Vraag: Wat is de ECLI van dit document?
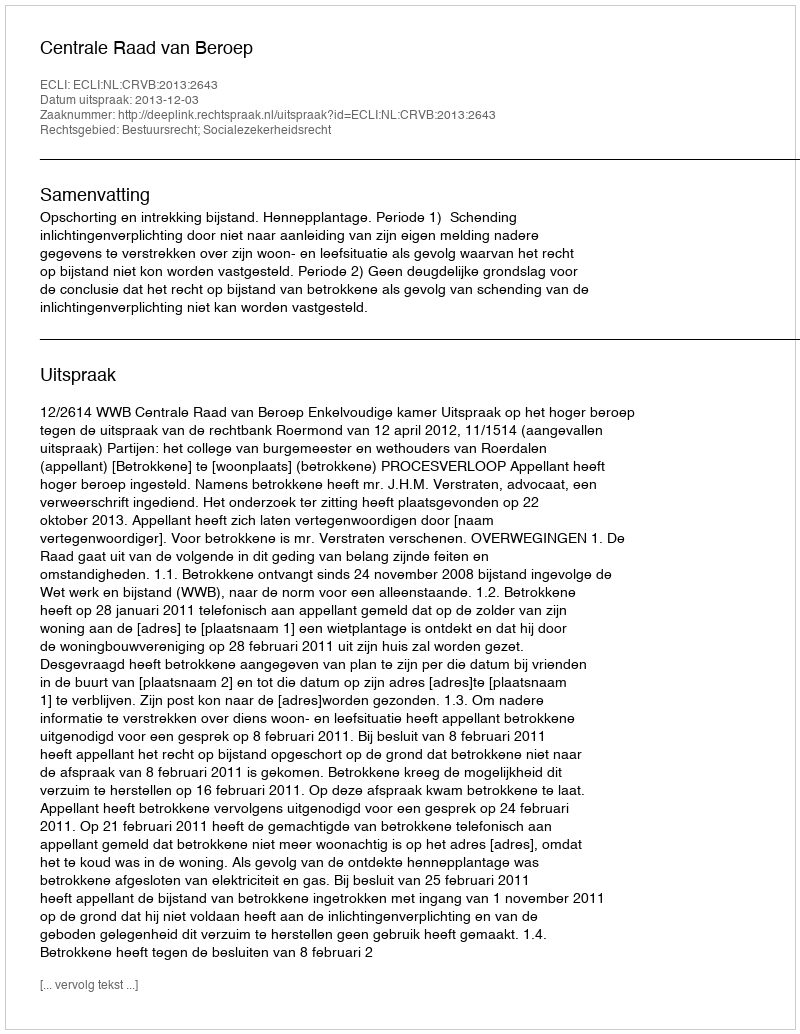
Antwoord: ECLI:NL:CRVB:2013:2643